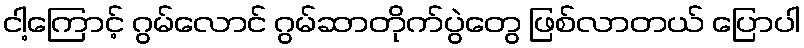
ငါ့ကြောင့် ဂွမ်လောင် ဂွမ်ဆာတိုက်ပွဲတွေ ဖြစ်လာတယ် ပြောပါ